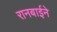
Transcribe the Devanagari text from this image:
रानबाईने